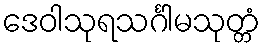
ဒေဝါသုရသင်္ဂါမသုတ္တံ